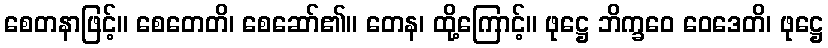
စေတနာဖြင့်။ စေတေတိ၊ စေဆော်၏။ တေန၊ ထို့ကြောင့်။ ဖုဋ္ဌေ ဘိက္ခဝေ ဝေဒေတိ၊ ဖုဋ္ဌေ